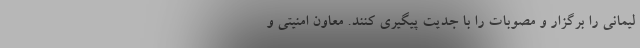
لیمانی را برگزار و مصوبات را با جدیت پیگیری کنند. معاون امنیتی و